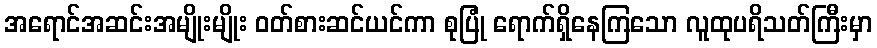
အရောင်အဆင်းအမျိုးမျိုး ဝတ်စားဆင်ယင်ကာ စုပြုံ ရောက်ရှိနေကြသော လူထုပရိသတ်ကြီးမှာ